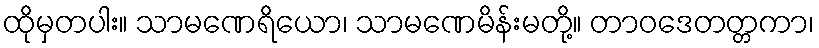
ထိုမှတပါး။ သာမဏေရိယော၊ သာမဏေမိန်းမတို့။ တာဝဒေတတ္တကာ၊